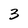
Character: 3